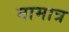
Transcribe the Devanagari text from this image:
नामात्र